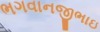
ભગવાનજીભાઇ